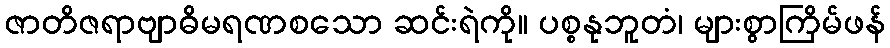
ဇာတိဇရာဗျာဓိမရဏစသော ဆင်းရဲကို။ ပစ္စနုဘူတံ၊ များစွာကြိမ်ဖန်